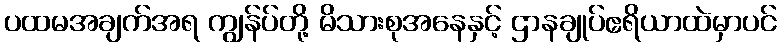
ပထမအချက်အရ ကျွန်ပ်တို့ မိသားစုအနေနှင့် ဌာနချုပ်ဧရိယာထဲမှာပင်